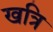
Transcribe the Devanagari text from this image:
खत्रि